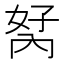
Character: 𭁮